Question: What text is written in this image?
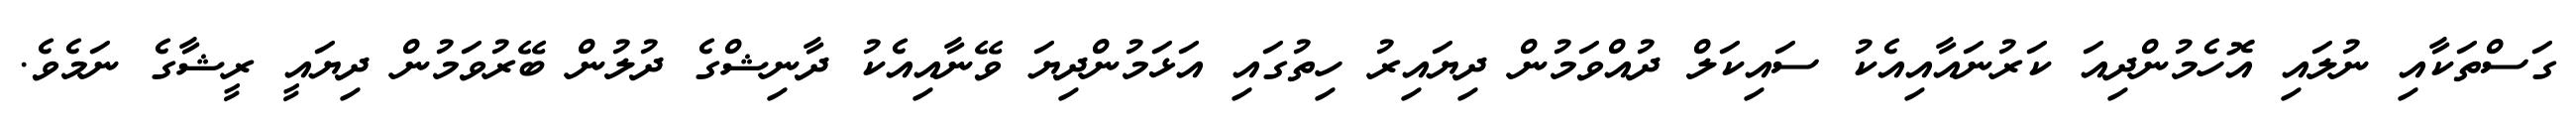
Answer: ގަސްތަކާއި ނުލައި އޮހެމުންދިއަ ކަރުނައާއިއެކު ސައިކަލް ދުއްވަމުން ދިޔައިރު ހިތުގައި އަޅަމުންދިޔަ ވޭނާއިއެކު ދާނިޝްގެ ދުލުން ބޭރުވަމުން ދިޔައީ ރީޝާގެ ނަމެވެ.